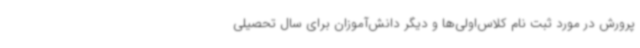
پرورش در مورد ثبت نام کلاس‌اولی‌ها و دیگر دانش‌آموزان برای سال تحصیلی